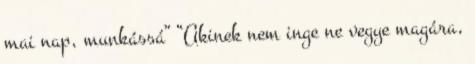
mai nap, munkássá” “Akinek nem inge ne vegye magára,